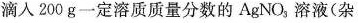
滴入200g一定溶质质量分数的AgNO，溶液(杂